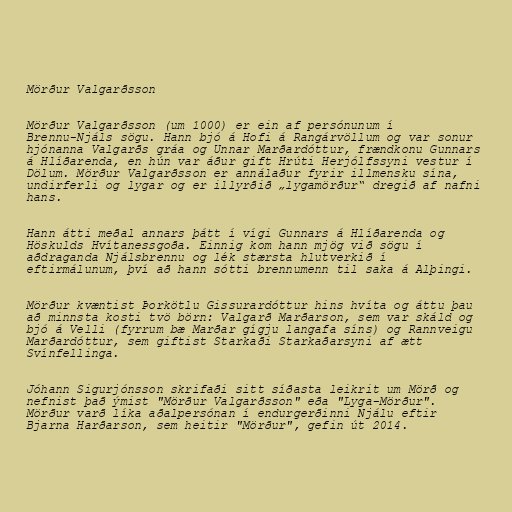
Mörður Valgarðsson

Mörður Valgarðsson (um 1000) er ein af persónunum í
Brennu-Njáls sögu. Hann bjó á Hofi á Rangárvöllum og var sonur
hjónanna Valgarðs gráa og Unnar Marðardóttur, frændkonu Gunnars
á Hlíðarenda, en hún var áður gift Hrúti Herjólfssyni vestur í
Dölum. Mörður Valgarðsson er annálaður fyrir illmensku sína,
undirferli og lygar og er illyrðið „lygamörður“ dregið af nafni
hans.

Hann átti meðal annars þátt í vígi Gunnars á Hlíðarenda og
Höskulds Hvítanessgoða. Einnig kom hann mjög við sögu í
aðdraganda Njálsbrennu og lék stærsta hlutverkið í
eftirmálunum, því að hann sótti brennumenn til saka á Alþingi.

Mörður kvæntist Þorkötlu Gissurardóttur hins hvíta og áttu þau
að minnsta kosti tvö börn: Valgarð Marðarson, sem var skáld og
bjó á Velli (fyrrum bæ Marðar gígju langafa síns) og Rannveigu
Marðardóttur, sem giftist Starkaði Starkaðarsyni af ætt
Svínfellinga.

Jóhann Sigurjónsson skrifaði sitt síðasta leikrit um Mörð og
nefnist það ýmist "Mörður Valgarðsson" eða "Lyga-Mörður".
Mörður varð líka aðalpersónan í endurgerðinni Njálu eftir
Bjarna Harðarson, sem heitir "Mörður", gefin út 2014.